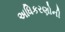
અધિકરણોની